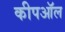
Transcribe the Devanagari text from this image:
कीपऑल